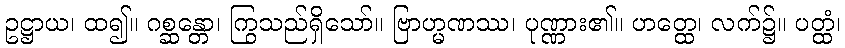
ဥဋ္ဌာယ၊ ထ၍။ ဂစ္ဆန္တော၊ ကြွသည်ရှိသော်။ ဗြာဟ္မဏဿ၊ ပုဏ္ဏား၏။ ဟတ္ထေ၊ လက်၌။ ပတ္ထံ၊